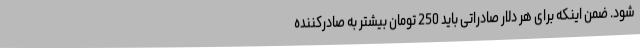
شود. ضمن اینکه برای هر دلار صادراتی باید 250 تومان بیشتر به صادرکننده